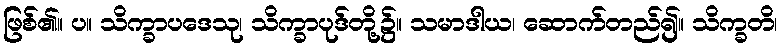
ဖြစ်၏။ ပ။ သိက္ခာပဒေသု၊ သိက္ခာပုဒ်တို့၌။ သမာဒါယ၊ ဆောက်တည်၍။ သိက္ခတိ၊